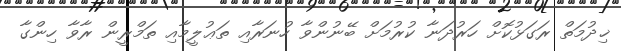
ޚިދުމަތް ރަގަޅުކޮށް ހަރުދަނާ ކުރުމަށް ބޭނުންވާ ހުނަރާއި ތަޢުލީމާއި ތަމްރީން ރާވާ ހިންގާ